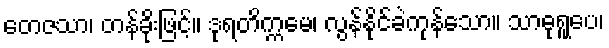
တေဇသာ၊ တန်ခိုးဖြင့်။ ဒုရတိက္ကမေ၊ လွန်နိုင်ခဲကုန်သော။ သာဓုရူပေ၊